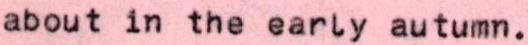
about in the early autumn.